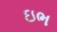
ઇભ